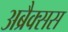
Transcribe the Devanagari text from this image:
अब्रैक्सस